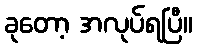
ခုတော့ အလုပ်ရပြီ။